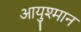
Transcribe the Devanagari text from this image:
आयुश्मान